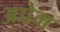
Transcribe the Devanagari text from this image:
अप्रेम